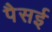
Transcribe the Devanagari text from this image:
पैसई